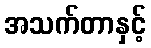
အသက်တာနှင့်